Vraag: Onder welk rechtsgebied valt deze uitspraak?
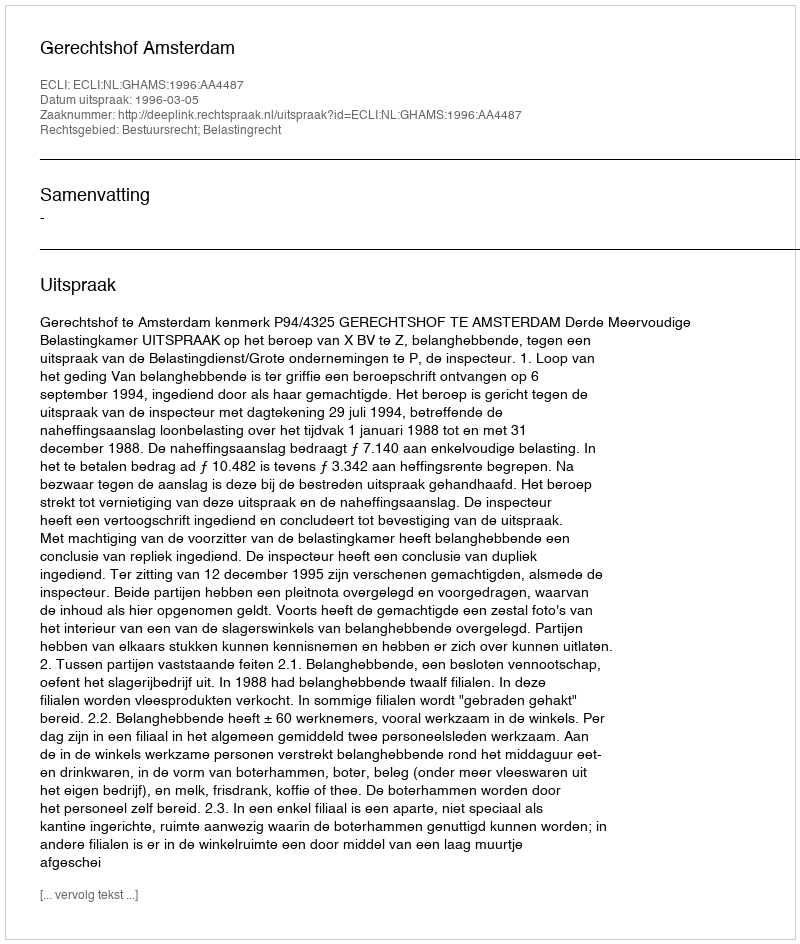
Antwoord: Bestuursrecht; Belastingrecht